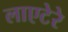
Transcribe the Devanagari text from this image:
लाएटेरे